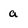
Character: a